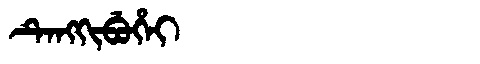
Manchu: ᡨᡝᠩᡴᡳᠪᡠᡥᡝᡳ
Romanization: TENGKIBUHEI